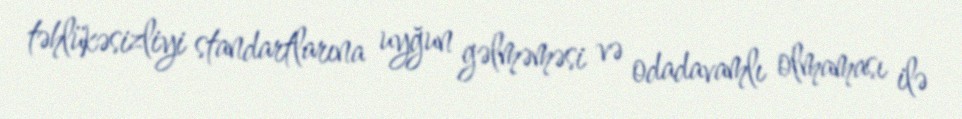
təhlükəsizliyi standartlarına uyğun gəlməməsi və odadavamlı olmaması ilə